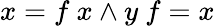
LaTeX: x=f\ x\land y\ f=x